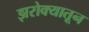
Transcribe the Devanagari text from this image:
झरोक्यातून